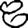
Digit: 8